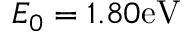
E _ { 0 } = 1 . 8 0 \mathrm { e V }